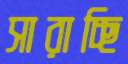
সারাচ্ছি